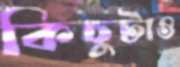
কিছুটাও